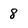
Character: 8